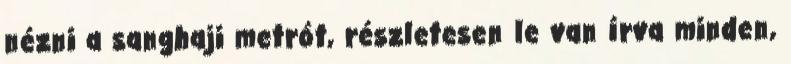
nézni a sanghaji metrót, részletesen le van írva minden,